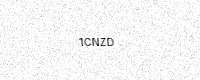
Text: 1CNZD